Vital statistics of India. Vol. V, Reports of 1876 on armies & jails and on epidemic cholera
Year: 1876
Disease focus: Cholera
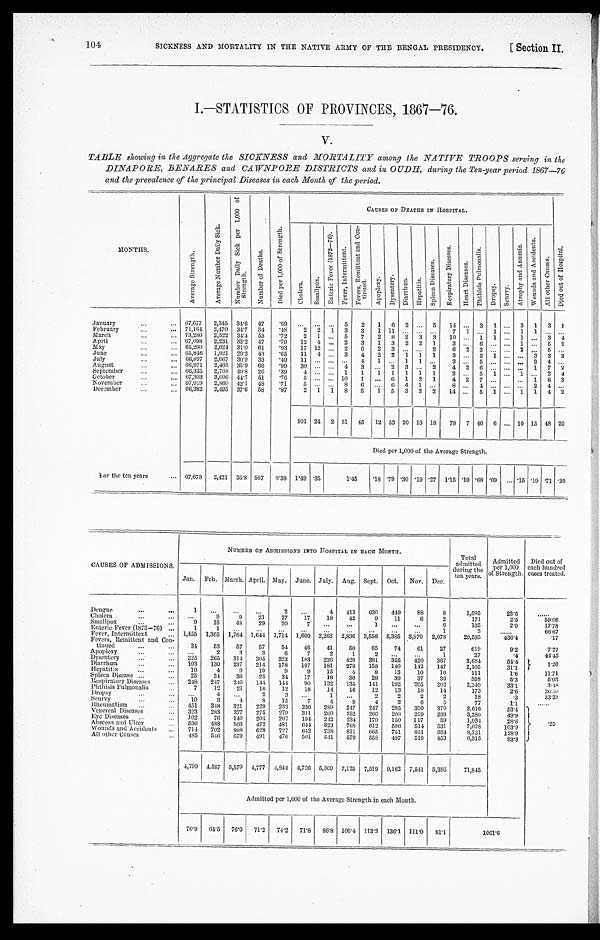
SICKNESS AND MORTALITY IN THE NATIVE ARMY OF THE BENGAL PRESIDENCY.
104
[ Section II.
I.-STATISTICS OF PROVINCES, 1867-76.
V.
TABLE showing in the Aggregate the SICKNESS and MORTALITY among the NATIVE TROOPS serving in the
DINAPORE, BENARES and CAWNPORE DISTRICTS and in OUDE, during the Ten-year period 1867-76
and the prevalence of the principal Diseases in each Month of the period.
MONT HS .
A v e r a g e S t r e n g t h .
A v e r a g e N u m b e r D a i l y S i c k .
N u m b e r D a i l y S i c k p e r 1 , 0 0 0 o f S t r e n g t h .
N u m b e r o f D e a t h s .
D i e d p e r 1 , 0 0 0 o f S t r e n g t h .
CAUSES OF DEATHS IN HOSPITAL.
C h o l e r a .
S m a l l p o x .
E n t e r i c F e v e r ( 1 8 7 2 - 7 6 ) .
F e v e r , I n t e r m i t t e n t .
F e v e r s , R e m i t t e n t a n d C o n t i n u e d .
A p o p l e x y .
D y s e n t e r y .
D i a r r h œ a .
H e p a t i t i s .
S p l e e n D i s e a s e s .
R e s p i r a t o r y D i s e a s e s .
H e a r t D i s e a s e s .
P h t h i s i s P u l m o n a l i s .
D r o p s y .
S c u r v y .
A t r o p h y a n d A n æ m i a .
W o u n d s a n d A c c i d e n t s .
A l l o t h e r C a u s e s .
D i e d o u t o f H o s p i t a l .
January . . . 67,677
2,345 34.6 47
.69
. . .
. . .
. . . 5
2
1 6 2
. . . 5
14
. . . 3 1
. . . 3 1 3 1
February . . . 71,164
2, 470 34.7
3 4
. 4 8
2 2 1
3
3
1 11
. . .
. . . . . .
7 1
. . . 1
. . . 1 1 . . . . . .
March . . . 73,280
2,522 34.4 53
.72
2 1
. . . 5
7
2 8 2 3 3
10
. . . 1 1
. . . 1 ... 3
4
April . . . 67.098 2,231 33.2 47
. 7 0 12 4
. . . 2
3
1 3 2 2 1
3
. . . 6
. . .
. . . 1 ... 5
2
May . . . 65,260
2,024 31.0 61
.93
17 12
. . . 2
6
2 3
. . .
. . . 2
6 2 2
. . .
. . . 2 . . . 5 . . .
J u n e . . . 65,846 1,921 29.2 43
.65
11 4
. . . 3
4
2 2 1 1 1
3
. . . 2 1
. . . . . . 3 3 2
July . . . 66,897
2,067 30.9 33
. 4 9 11
. . .
. . .
. . .
4 1
. . . 1 1 . . .
3
. . .
5
. . . . . . . . .
3 4
. . .
August . . . 66,971
2,405 35.9 66
.99
30
. . .
. . . 4
3
. . . 2 3
. . . 2
4 2 6
. . .
. . . . . .
1 7
2
September . . . 66,335
2,708 40.8 26
.39
4
. . .
. . . 1
1
1 1 1 1 1
2
. . . 5 1
. . .
1 . . . 2
4
October . . . 67,303
3,006 44.7 51
.76
5
. . .
. . . 10
1
. . .
6 1 2 1
4 2 7
. . .
. . . 1 8 3
November . . . 67,919
2,860 42.1 48
.71
5
. . .
. . . 8
6
. . .
6 4 1 . . .
8
. . .
4
. . . . . .
. . . 2 4 . . .
December . . .
66 382 2,495 37.6 58
.87
2 1 1 8
5
1 5 3 2 2
14
. . . 5 1
. . .
1
1 4 2
101 24 2 51 45 12 53 20 13 18
78 7 46 6
. . . 10 13 48 20
Died per 1,000 of the Average Strength.
For the ten years . . . 67,678 2,421 35.8 567
8.38 1.49 .35
1.45
.18 .78 .30 .19 .27 1.15 .10 .68 .09
. . .
. 15 .19 .71 .30
CAUSES OF ADMISSIONS
NUMBER OF ADMISSIONS INTO HOSPITAL IN EACH MONTH.
Total
admitted
during the
ten years.
Admitted
per 1,000
of Strength.
Died out of
each hundred
cases treated.
Jan. Feb. March. April. May. June. July. Aug. Sept. Oct. Nov. Dec.
Dengue . . .
1
. . .
. . .
. . .
2
. . .
4
413
630
449
88
8
1,595
23.6
. . .
Cholera . . .
. . .
9
9
21
27
17
18
42
9
11
6
2
171
2.5
5 9 . 0 6
Smallpox...
"'
9
15
4 8
29
20
7
. . . . . .
1
. . .
. . .
6
135
2.0
17.78
Enteric Fever (1872-76) . . .
1
1
. . .
. . .
. . .
. . .
. . .
. . .
. . .
. . .
. . .
1
3
. . .
6 6 . 6 7
Fever, Intermittent. . .
1,455 1,365 1,764 1,644 1,714 1,600 2,262 2,836 3,556 5,385 3,876 2,078
29,535
436.4
.17
Fevers, Remittent and Con-
tinned . . .
34
53
57
57
54
46
41
50
65
74
61
27
619
9.2
7.27
Apoplexy. . .
. . .
2
3
3
6
7
2
1
2
. . .
. . .
1
27
.4
4 4 . 4 5
Dysentery . . .
225
265
314 305
223
183
226
420
381
355
420
367
3,684
54.4
1 . 2 6
Diarrhœa . . .
103
130
237
214
1 7 8 197
181
278
158
140
142
147
2,105
31.1
H e p a t i t i s . . .
10
4
9
10
9
9
15
4
8
13
10
10
111
1 . 6
1 1 . ' 7 1
Spleen Disease . . .
25
34
36
25
34
17
16
30
29
39
37
36
358
5.3
5 . 0 3
Respiratory Diseases . . .
248
247
240
1 4 4 144
90
132
135
141
192
265
262
2,240
33.1
3.48
Phthisis Pulmonalis . . .
7
12
21
16
12
18
14
16
12
13
18
14
173
2.6
2 6 . 5 9
D r o p s y . . .
. . .
4
. . .
2
3
. . .
1
. . .
2
2
2
2
18
.3
33.33
Scurvy. . . .
10
3
4
8
15
7
4
9
4
2
6
5
77
1.1
. . .
Rheumatism . . .
451
348
321
229
213
236
289
247
247
295
350
370
3,616
53.4 . 2 5
Venereal Diseases . . .
323
283
377
275
279
311
260
252
260
208
259
293
3,380
49.9
Eye Diseases . . .
102
76
140
204
207
194 242
234 179
150
117
39
1,934
28.6
Abscess and Ulcer . . .
596
488
503
472
481
644 823
768
612
596
511
531
7,028
103.9
Wounds and Accidents . . .
714
702
808
628
727
642
738
811
665
751
851
684
8,721
128.9
All other Causes . . .
485
546
679
491
476
501
541
579
558
487
519
453
6,315
93.3
4,799 4,587 5,570 4,777 4,844 4,726 5,809 7,125 7,519 9,162 7,541 5,386
71,845
Admitted per 1,000 of the Average Strength in each Month.
70.9
64.5 76.0
71.2
74.2
71.8
86.8 106.4 113.3 136.1 111.0
81.1
1061.6